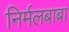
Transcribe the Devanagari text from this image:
निर्मलबाबा